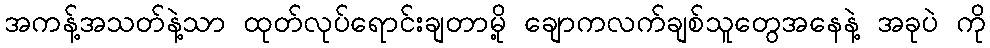
အကန့်အသတ်နဲ့သာ ထုတ်လုပ်ရောင်းချတာမို့ ချောကလက်ချစ်သူတွေအနေနဲ့ အခုပဲ ကို